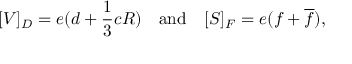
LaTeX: [ { \cal V } ] _ { D } = e ( d + { \frac { 1 } { 3 } } c R ) ~ ~ \mathrm { ~ a n d ~ } ~ ~ [ { \cal S } ] _ { F } = e ( f + \overline { { f } } ) ,